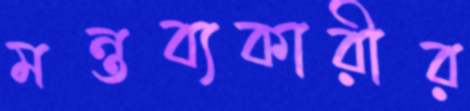
মন্তব্যকারীর